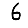
Digit: 6